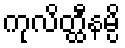
ကုလိတ္ထီနမ္ပိ